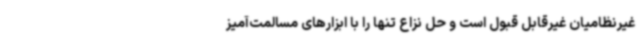
غیرنظامیان غیرقابل قبول است و حل نزاع تنها را با ابزارهای مسالمت‌آمیز